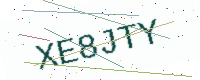
Text: XE8JTY